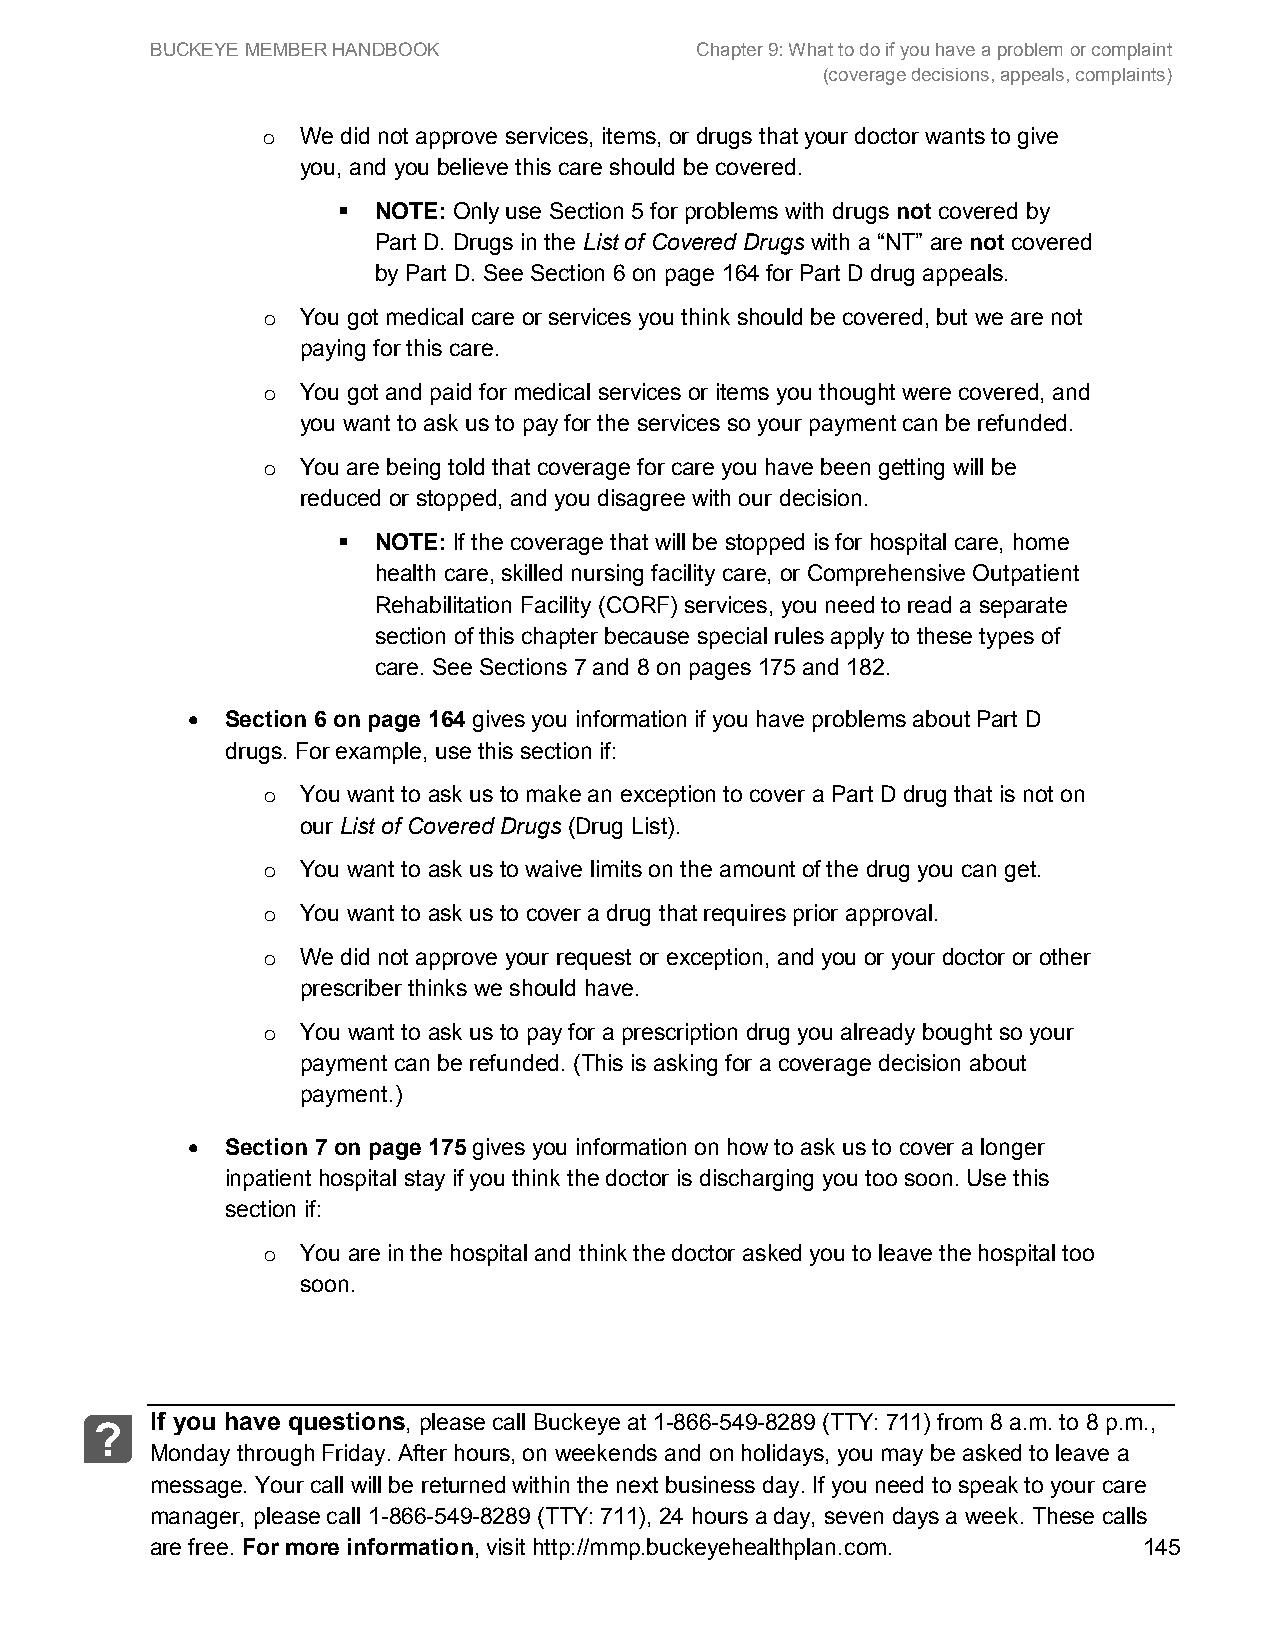
BUCKEYE MEMBER HANDBOOK             Chapter 9: What to do if you have a problem or complaint
 (coverage decisions, appeals, complaints)
 We did not approve services, items, or drugs that your doctor wants to give
 o
 you, and you believe this care should be covered.
   NOTE: Only use Section 5 for problems with drugs not covered by
 Part D. Drugs in the List of Covered Drugs with a “NT” are not covered
 by Part D. See Section 6 on page 164 for Part D drug appeals.
 You got medical care or services you think should be covered, but we are not
 o
 paying for this care.
 You got and paid for medical services or items you thought were covered, and
 o
 you want to ask us to pay for the services so your payment can be refunded.
 You are being told that coverage for care you have been getting will be
 o
 reduced or stopped, and you disagree with our decision.
   NOTE: If the coverage that will be stopped is for hospital care, home
 health care, skilled nursing facility care, or Comprehensive Outpatient
 Rehabilitation Facility (CORF) services, you need to read a separate
 section of this chapter because special rules apply to these types of
 care. See Sections 7 and 8 on pages 175 and 182.
 •  Section 6 on page 164 gives you information if you have problems about Part D
 drugs. For example, use this section if:
 You want to ask us to make an exception to cover a Part D drug that is not on
 o
 our List of Covered Drugs (Drug List).
 You want to ask us to waive limits on the amount of the drug you can get.
 o
 You want to ask us to cover a drug that requires prior approval.
 o
 We did not approve your request or exception, and you or your doctor or other
 o
 prescriber thinks we should have.
 You want to ask us to pay for a prescription drug you already bought so your
 o
 payment can be refunded. (This is asking for a coverage decision about
 payment.)
 •  Section 7 on page 175 gives you information on how to ask us to cover a longer
 inpatient hospital stay if you think the doctor is discharging you too soon. Use this
 section if:
 You are in the hospital and think the doctor asked you to leave the hospital too
 o
 soon.
 If you have questions, please call Buckeye at 1-866-549-8289 (TTY: 711) from 8 a.m. to 8 p.m.,
 ?
 Monday through Friday. After hours, on weekends and on holidays, you may be asked to leave a
 message. Your call will be returned within the next business day. If you need to speak to your care
 manager, please call 1-866-549-8289 (TTY: 711), 24 hours a day, seven days a week. These calls
 are free. For more information, visit http://mmp.buckeyehealthplan.com. 145